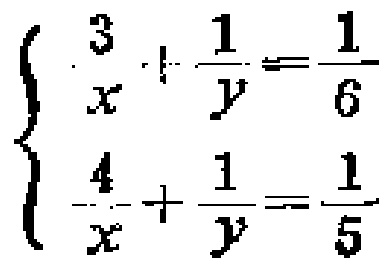
$\begin{cases}

\frac{3}{x}+\frac{1}{y}=\frac{1}{6}\\

\frac{4}{x}+\frac{1}{y}=\frac{1}{5}

\end{cases}$